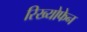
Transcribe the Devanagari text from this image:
रिख्योफेन